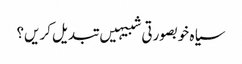
سیاہ خوبصورتی شبیہیں تبدیل کریں؟